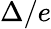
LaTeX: \Delta/e